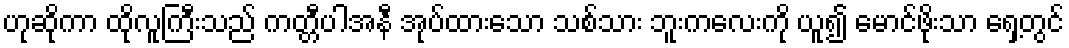
ဟုဆိုကာ ထိုလူကြီးသည် ကတ္တီပါအနီ အုပ်ထားသော သစ်သား ဘူးကလေးကို ယူ၍ မောင်ဖိုးသာ ရှေ့တွင်